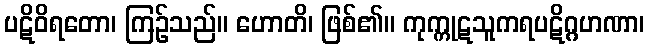
ပဋိဝိရတော၊ ကြဉ်သည်။ ဟောတိ၊ ဖြစ်၏။ ကုက္ကုဋသူကရပဋိဂ္ဂဟဏာ၊